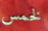
لخمس